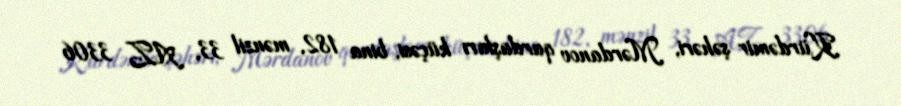
Kürdəmir şəhəri, Mərdanov qardaşları küçəsi, bina 182, mənzil 33, AZ 3306